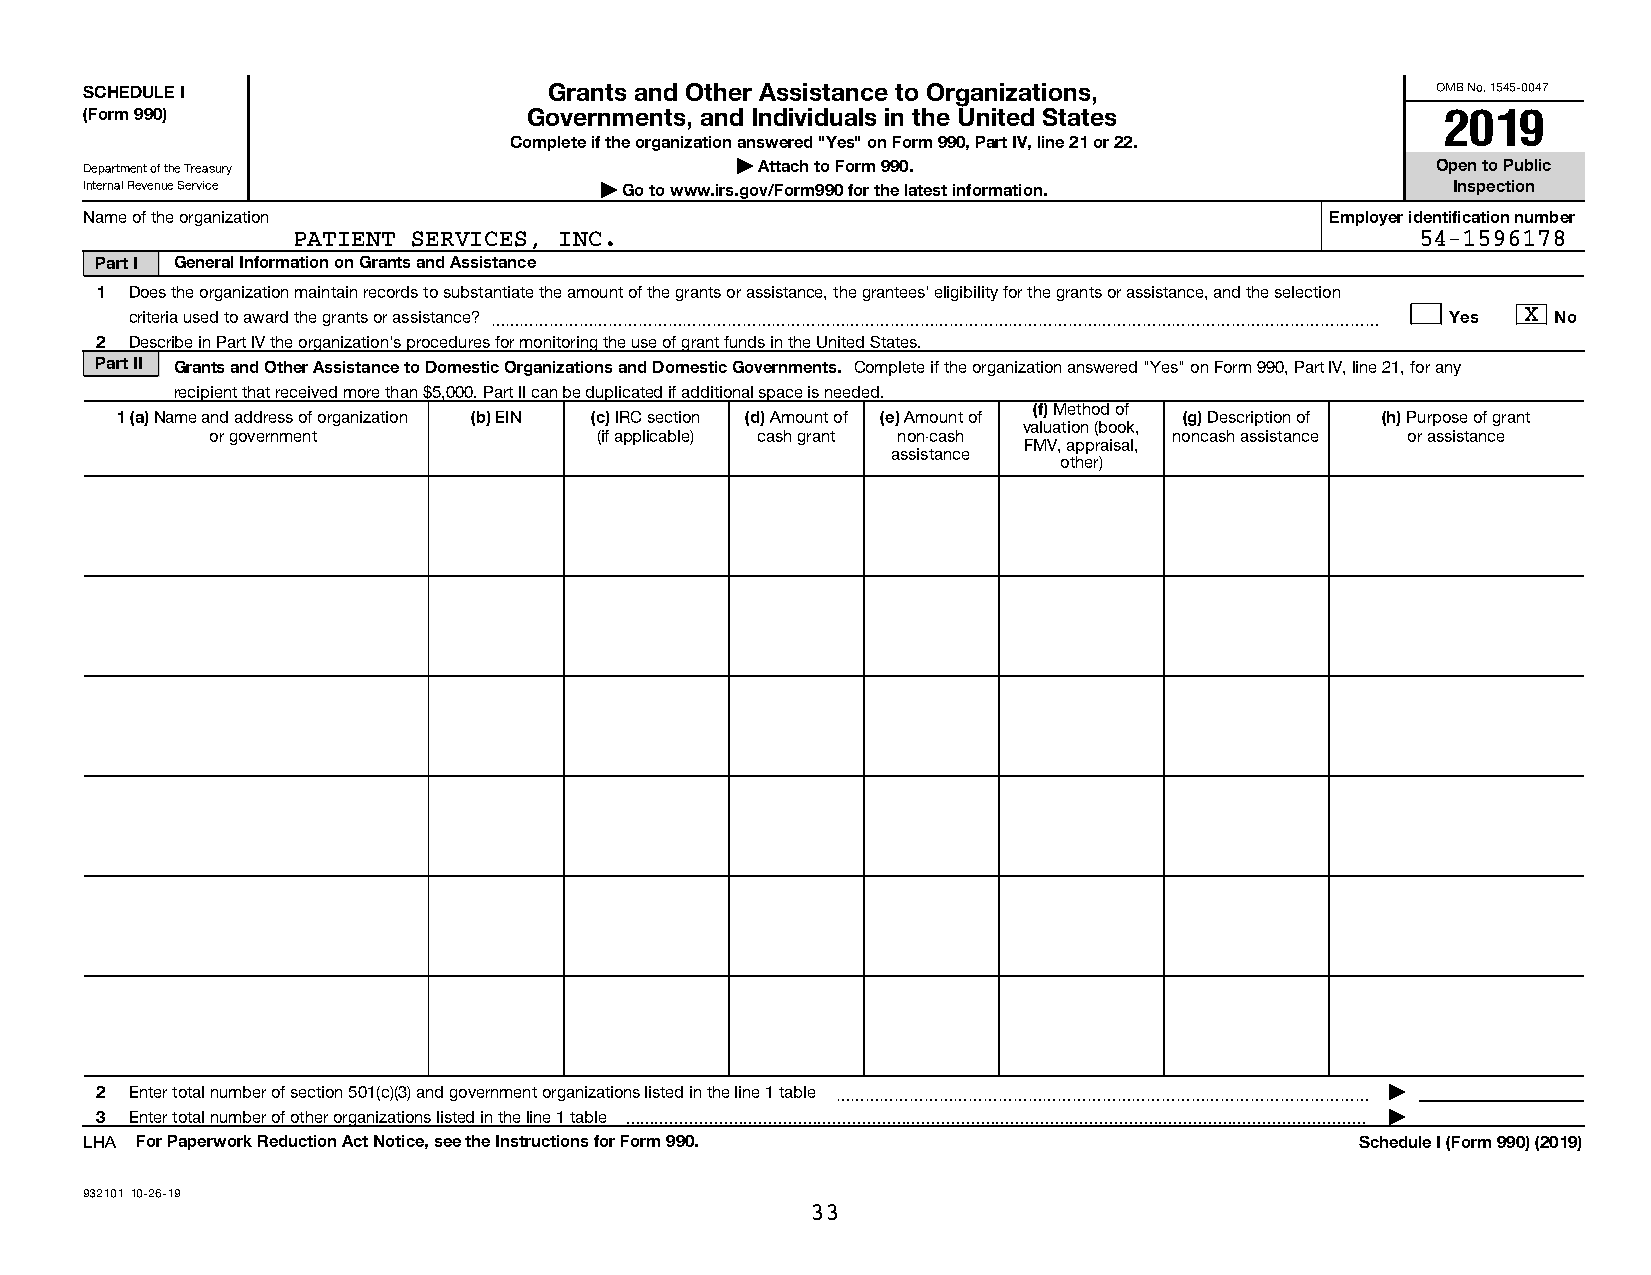
SCHEDULE I                    Grants and Other Assistance to Organizations,              OMB No. 1545-0047
 (Form 990)                   Governments, and Individuals in the United States            2019
 Complete if the organization answered "Yes" on Form 990, Part IV, line 21 or 22.
 Department of the Treasury                 | Attach to Form 990.                         Open to Public
 Internal Revenue Service          | Go to www.irs.gov/Form990 for the latest information. Inspection
 Name of the organization                                                          Employer identification number
 PATIENT SERVICES, INC.                                                     54-1596178
 Part I General Information on Grants and Assistance
 1  Does the organization maintain records to substantiate the amount of the grants or assistance, the grantees' eligibility for the grants or assistance, and the selection
 criteria used to award the grants or assistance? ~~~~~~~~~~~~~~~~~~~~~~~~~~~~~~~~~~~~~~~~~~~~~~~~~~~~~~~~~~~~ Yes X No
 2  Describe in Part IV the organization's procedures for monitoring the use of grant funds in the United States.
 Part II Grants and Other Assistance to Domestic Organizations and Domestic Governments. Complete if the organization answered "Yes" on Form 990, Part IV, line 21, for any
 recipient that received more than $5,000. Part II can be duplicated if additional space is needed.
 (f) Method of
 1 (a) Name and address of organization (b) EIN (c) IRC section (d) Amount of (e) Amount of (g) Description of (h) Purpose of grant
 valuation (book,
 or government             (if applicable) cash grant non-cash   noncash assistance or assistance
 FMV, appraisal,
 assistance
 other)
 2  Enter total number of section 501(c)(3) and government organizations listed in the line 1 table ~~~~~~~~~~~~~~~~~~~~~~~~~~~~~~~~~~~~ |
 3  Enter total number of other organizations listed in the line 1 table  |
 LHA For Paperwork Reduction Act Notice, see the Instructions for Form 990.          Schedule I (Form 990) (2019)
 932101 10-26-19
 33